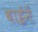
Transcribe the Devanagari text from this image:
बाईनें